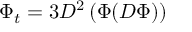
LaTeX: \Phi _ { t } = 3 D ^ { 2 } \left( \Phi ( D \Phi ) \right)